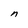
Character: n